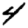
Digit: 4